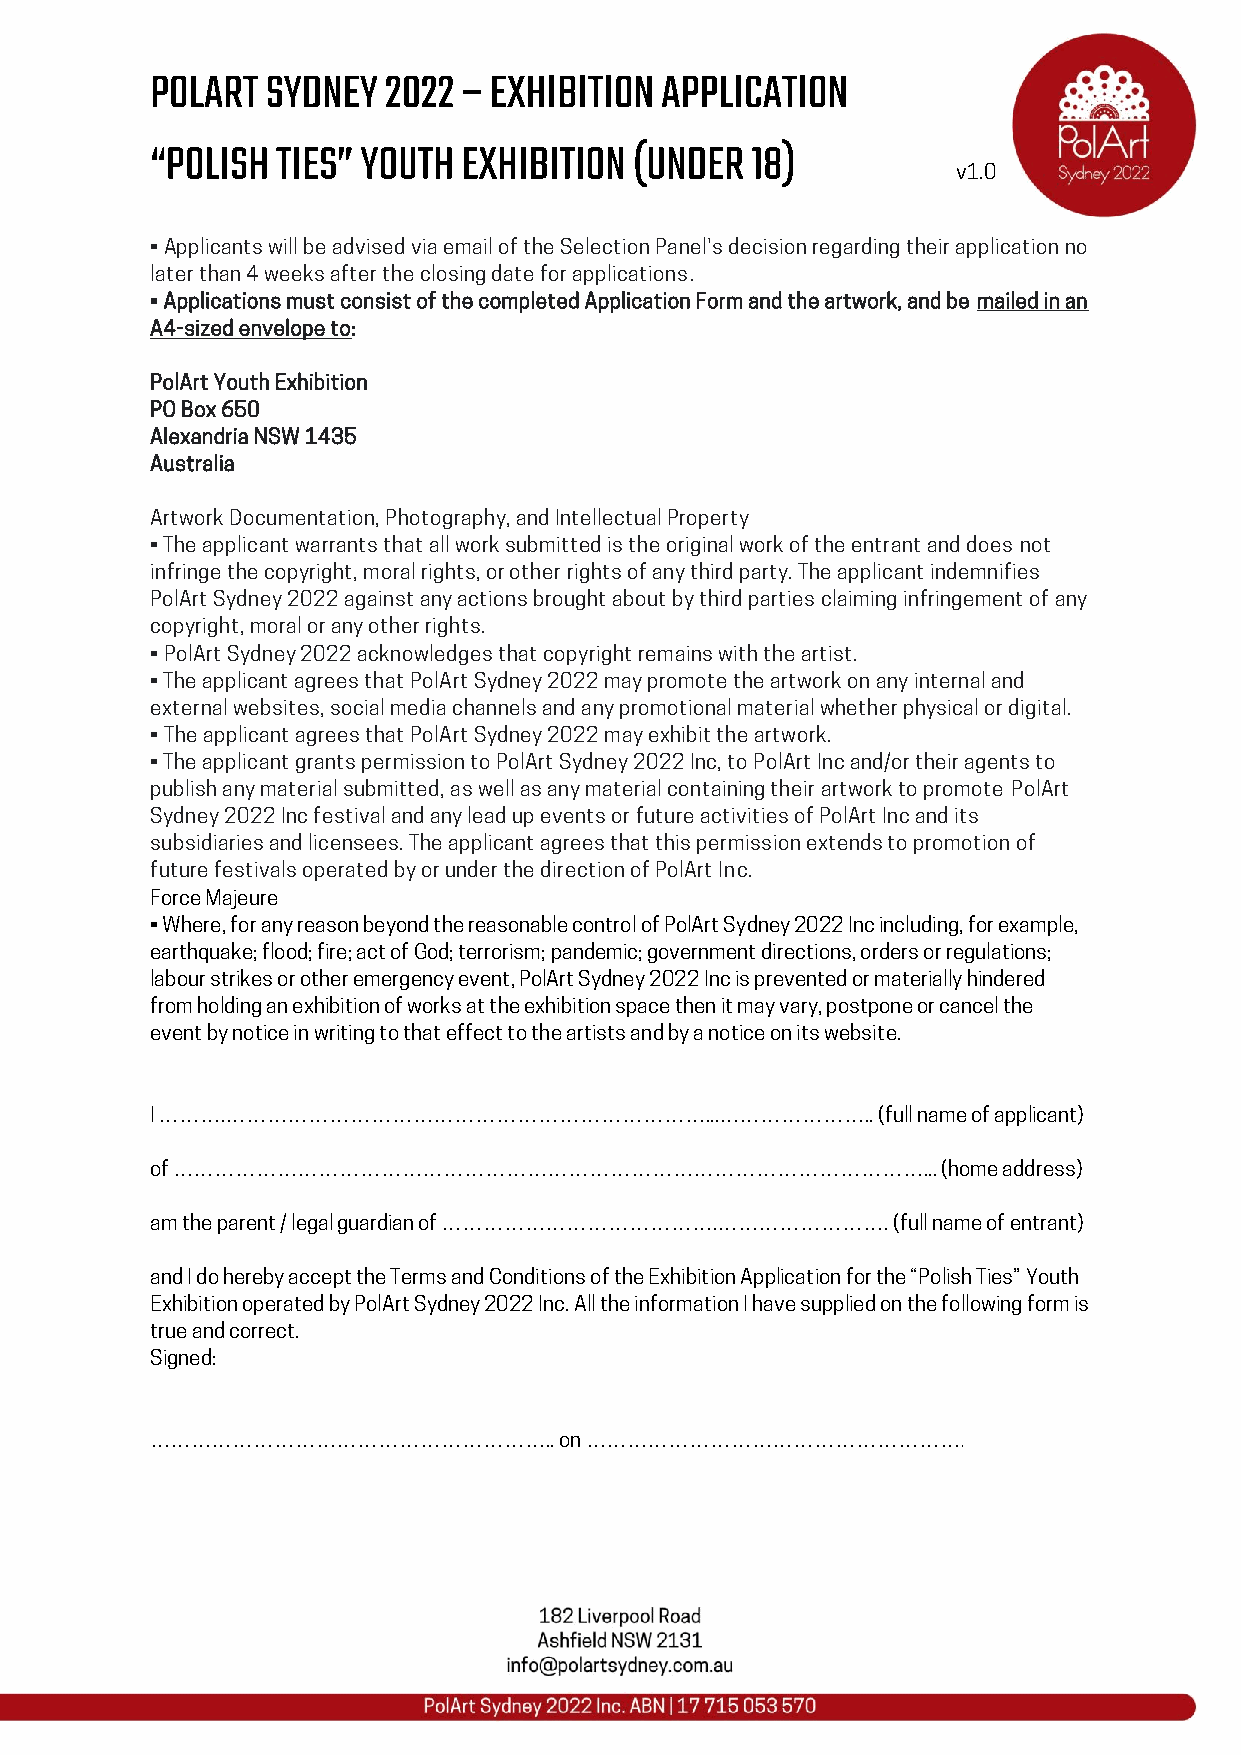
POLART  SYDNEY 2022  – EXHIBITION APPLICATION
 “POLISH TIES” YOUTH  EXHIBITION (UNDER  18)
 v1.0
 • Applicants will be advised via email of the Selection Panel's decision regarding their application no
 later than 4 weeks after the closing date for applications.
 • Applications must consist of the completed Application Form and the artwork, and be mailed in an
 A4-sized envelope to:
 PolArt Youth Exhibition
 PO Box 650
 Alexandria NSW 1435
 Australia
 Artwork Documentation, Photography, and Intellectual Property
 • The applicant warrants that all work submitted is the original work of the entrant and does not
 infringe the copyright, moral rights, or other rights of any third party. The applicant indemnifies
 PolArt Sydney 2022 against any actions brought about by third parties claiming infringement of any
 copyright, moral or any other rights.
 • PolArt Sydney 2022 acknowledges that copyright remains with the artist.
 • The applicant agrees that PolArt Sydney 2022 may promote the artwork on any internal and
 external websites, social media channels and any promotional material whether physical or digital.
 • The applicant agrees that PolArt Sydney 2022 may exhibit the artwork.
 • The applicant grants permission to PolArt Sydney 2022 Inc, to PolArt Inc and/or their agents to
 publish any material submitted, as well as any material containing their artwork to promote PolArt
 Sydney 2022 Inc festival and any lead up events or future activities of PolArt Inc and its
 subsidiaries and licensees. The applicant agrees that this permission extends to promotion of
 future festivals operated by or under the direction of PolArt Inc.
 Force Majeure
 • Where, for any reason beyond the reasonable control of PolArt Sydney 2022 Inc including, for example,
 earthquake; flood; fire; act of God; terrorism; pandemic; government directions, orders or regulations;
 labour strikes or other emergency event, PolArt Sydney 2022 Inc is prevented or materially hindered
 from holding an exhibition of works at the exhibition space then it may vary, postpone or cancel the
 event by notice in writing to that effect to the artists and by a notice on its website.
 I ……….……………………………………………………………...…………………..       (full name of applicant)
 of ………………………………………………………………………………………………...          (home address)
 am the parent / legal guardian of ………………………………….……………………. (full name of entrant)
 and I do hereby accept the Terms and Conditions of the Exhibition Application for the “Polish Ties” Youth
 Exhibition operated by PolArt Sydney 2022 Inc. All the information I have supplied on the following form is
 true and correct.
 Signed:
 …………………………………………………..      on ……………………………………………….